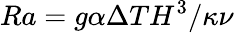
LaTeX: Ra=g\alpha\Delta TH^{3}/\kappa\nu